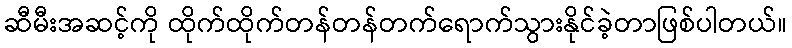
ဆီမီးအဆင့်ကို ထိုက်ထိုက်တန်တန်တက်ရောက်သွားနိုင်ခဲ့တာဖြစ်ပါတယ်။